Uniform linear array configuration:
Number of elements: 48
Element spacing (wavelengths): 1
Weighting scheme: binomial
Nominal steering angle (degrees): -45
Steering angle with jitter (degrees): -43.98
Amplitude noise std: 0.05
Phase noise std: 0.05

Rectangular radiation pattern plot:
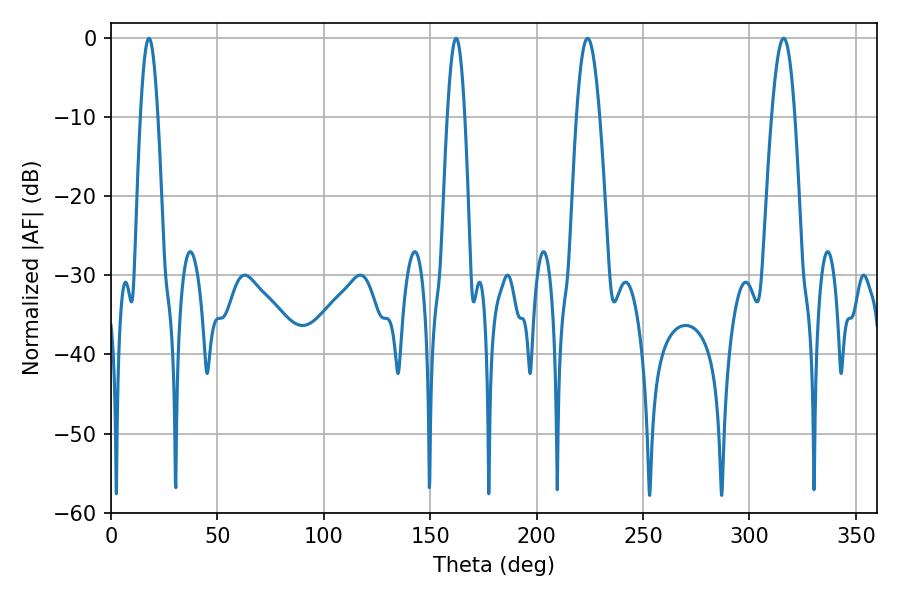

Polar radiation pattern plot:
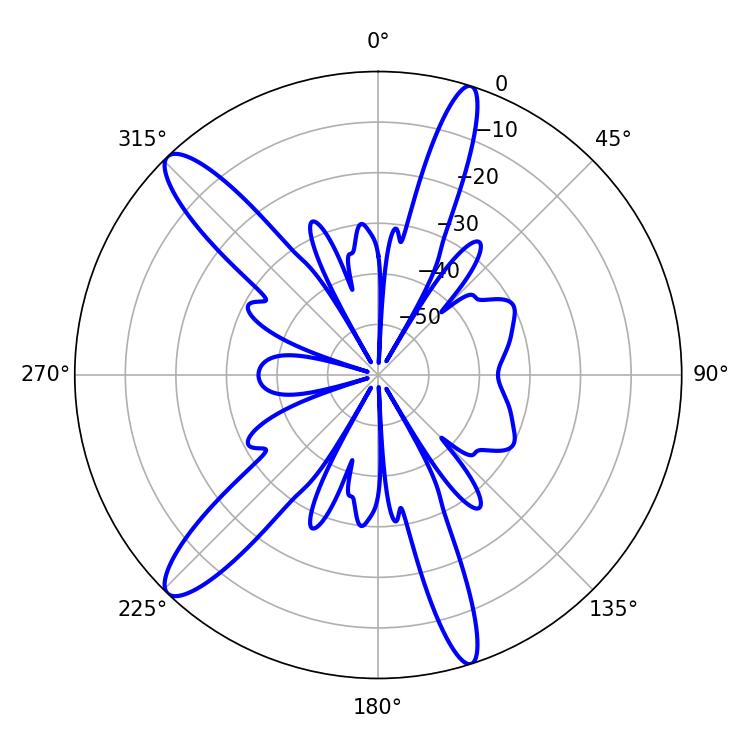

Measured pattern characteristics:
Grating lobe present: TRUE
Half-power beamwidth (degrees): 4.32
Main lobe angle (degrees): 17.82